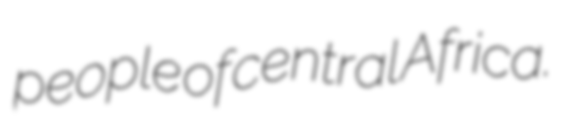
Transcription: people of central Africa.